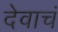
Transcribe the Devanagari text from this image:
देवाचं